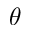
\theta